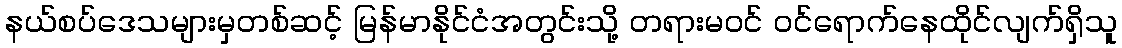
နယ်စပ်ဒေသများမှတစ်ဆင့် မြန်မာနိုင်ငံအတွင်းသို့ တရားမဝင် ဝင်ရောက်နေထိုင်လျက်ရှိသူ